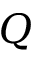
Q